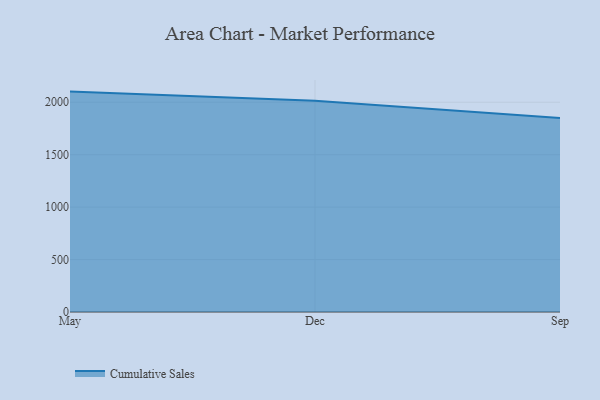
{"axis": {"x": "Month", "y": "Churn Rate (%)"}, "legend": ["Cumulative Sales"], "data": [{"x": "May", "y": 2101.6, "type": "Cumulative Sales"}, {"x": "Dec", "y": 2015.5, "type": "Cumulative Sales"}, {"x": "Sep", "y": 1850.5, "type": "Cumulative Sales"}]}